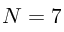
N = 7